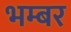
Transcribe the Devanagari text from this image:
भम्बर